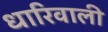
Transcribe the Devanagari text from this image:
धारिवाली